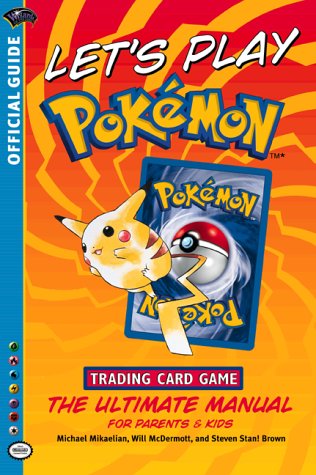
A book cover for Let'S Play Pokemon (Pokemon (Wizards of the Coast)); Wizards Of The Coast; Science Fiction & Fantasy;